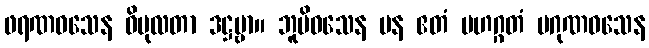
ဖရဏဝသေန ဝိပုလတာ ဒဋ္ဌဗ္ဗာ။ ဘူမိဝသေန ပန ဧတံ မဟဂ္ဂတံ ပဂုဏဝသေန